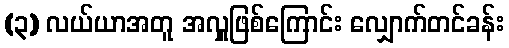
(၃) လယ်ယာအတူ အလှူဖြစ်ကြောင်း လျှောက်တင်ခန်း